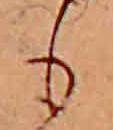
も